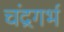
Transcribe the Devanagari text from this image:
चंद्रगर्भ